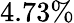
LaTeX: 4.73\%